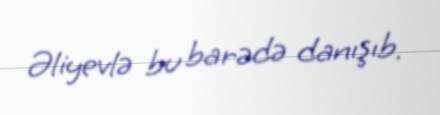
Əliyevlə bu barədə danışıb.